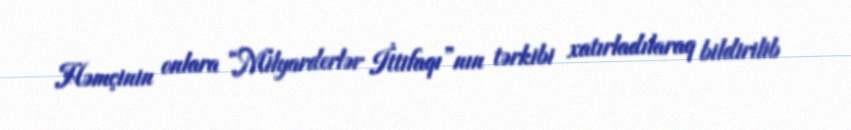
Həmçinin onlara “Milyarderlər İttifaqı”nın tərkibi xatırladılaraq bildirilib